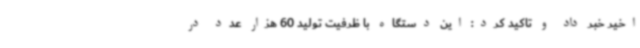
اخیر خبر داد و تاکید کرد: این دستگاه با ظرفیت تولید 60 هزار عدد در